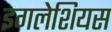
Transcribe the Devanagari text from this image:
इगलेशियस